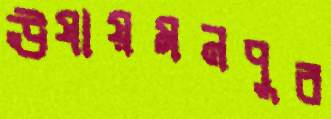
ঊষায়মনপুর